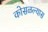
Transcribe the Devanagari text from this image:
कोसळल्यास